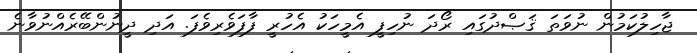
ޖާހިލުކަމުން ނުވަތަ ޤަޞްދުގައި ރޯދަ ނުހިފީ އެމީހަކު އެހުރީ ފާފަވެރިވެފަ. އަދި ދީނުންބޭރެއްނުވާނެ